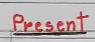
Present